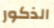
الذكور